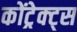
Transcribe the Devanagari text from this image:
कोंट्रेक्ट्स